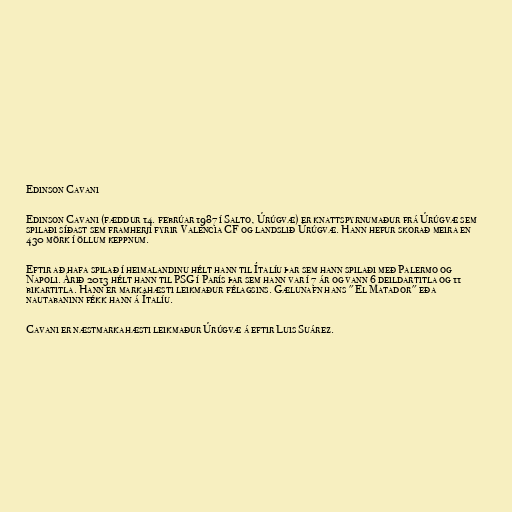
Edinson Cavani

Edinson Cavani (fæddur 14. febrúar 1987 í Salto, Úrúgvæ) er knattspyrnumaður frá Úrúgvæ sem
spilaði síðast sem framherji fyrir Valencia CF og landslið Úrúgvæ. Hann hefur skorað meira en
430 mörk í öllum keppnum.

Eftir að hafa spilað í heimalandinu hélt hann til Ítalíu þar sem hann spilaði með Palermo og
Napoli. Árið 2013 hélt hann til PSG í París þar sem hann var í 7 ár og vann 6 deildartitla og 11
bikartitla. Hann er markahæsti leikmaður félagsins. Gælunafn hans "El Matador" eða
nautabaninn fékk hann á Ítalíu.

Cavani er næstmarkahæsti leikmaður Úrúgvæ á eftir Luis Suárez.